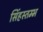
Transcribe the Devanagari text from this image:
सिंहस्तम्भ